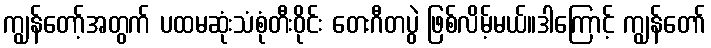
ကျွန်တော့်အတွက် ပထမဆုံးသံစုံတီးဝိုင်း တေးဂီတပွဲ ဖြစ်လိမ့်မယ်။ဒါကြောင့် ကျွန်တော်